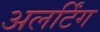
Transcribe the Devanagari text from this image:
अलर्टिंग